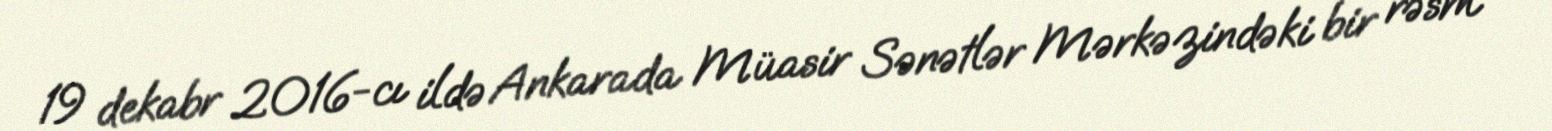
19 dekabr 2016-cı ildə Ankarada Müasir Sənətlər Mərkəzindəki bir rəsm